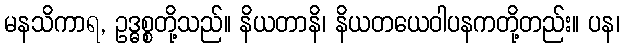
မနသိကာရ, ဥဒ္ဓစ္စတို့သည်။ နိယတာနိ၊ နိယတယေဝါပနကတို့တည်း။ ပန၊